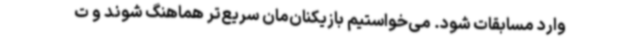
وارد مسابقات شود. می‌خواستیم بازیکنان‌مان سریع‌تر هماهنگ شوند و ت